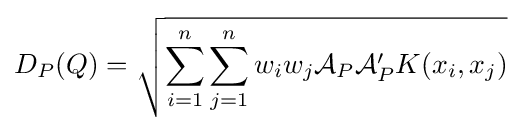
D_{P}(Q)={\sqrt {\sum _{i=1}^{n}\sum _{j=1}^{n}w_{i}w_{j}{\mathcal {A}}_{P}{\mathcal {A}}_{P}'K(x_{i},x_{j})}}